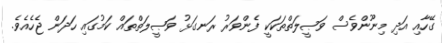
ގޭހާއި އަދި މިނޫންވެސް ވަޞީލަތްތަކަކީ ފެންވަރު ރަނގަޅު ވަޞީލަތްތައް ކަމުގައި ހަދަން ޖެހެއެވެ.